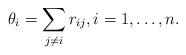
LaTeX: \begin{gather*}\theta_i = \sum_{j \not=i} r_{ij}, i=1,\ldots,n .\end{gather*}